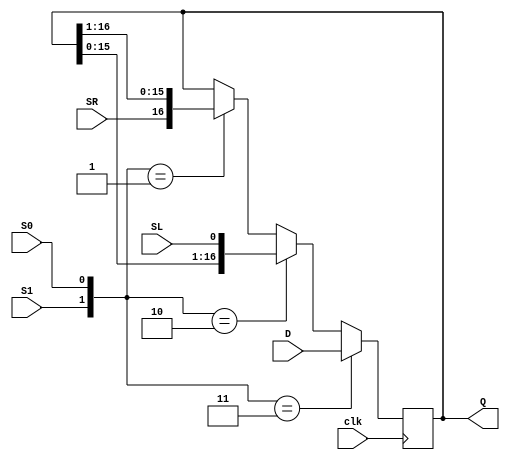
module SHIFT64(
    input clk,
    input SR,
    input SL,
    input S1,
    input S0, 
    input [DATA_BITS:0] D,
    output reg [DATA_BITS:0] Q
    );
    parameter 
        DATA_BITS = 16;
    always @(posedge clk) begin
      if({S1, S0} == 2'b11) Q <= D;
      else if({S1, S0} == 2'b10) begin
          Q <= {Q[DATA_BITS-1:0], SL};
      end
      else if({S1, S0} == 2'b01) begin
          Q <= {SR, Q[DATA_BITS:1]};
      end
      else Q <= Q;
    end

    



endmodule